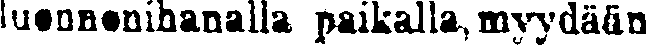
luonnonihanalla paikalla, myydään